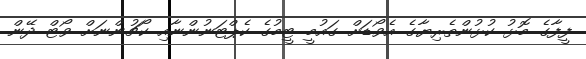
ފީފާގެ މޮޅު ކުޅުންތެރިޔާގެ އެވޯޑަށް ގައުމީ ޓީމުގެ ކެޕްޓަނުންނާއި ކޯޗުންނަށް ވޯޓް ދޭން